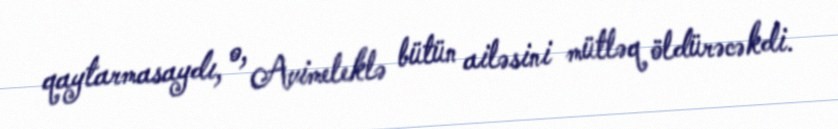
qaytarmasaydı, o, Avimeleklə bütün ailəsini mütləq öldürəcəkdi.